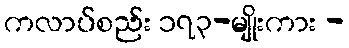
ကလာပ်စည်း ၁၇၃-မျိုးကား -